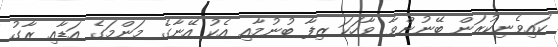
ކައިވެނިކުރަން ބޭނުންވާ ވާހަކަ ޒިފާ ބުނުމާއި އެކު އޭނާގެ މަންމަގެ އަޑާއި ރާގު